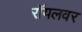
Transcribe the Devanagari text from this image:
रॉयलवर